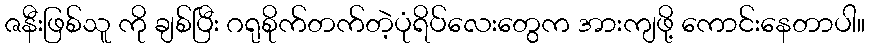
ဇနီးဖြစ်သူ ကို ချစ်ပြီး ဂရုစိုက်တက်တဲ့ပုံရိပ်လေးတွေက အားကျဖို့ ကောင်းနေတာပါ။